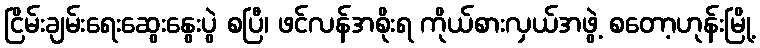
ငြိမ်းချမ်းရေးဆွေးနွေးပွဲ စပြီ၊ ဖင်လန်အစိုးရ ကိုယ်စားလှယ်အဖွဲ့ စတော့ဟုန်းမြို့